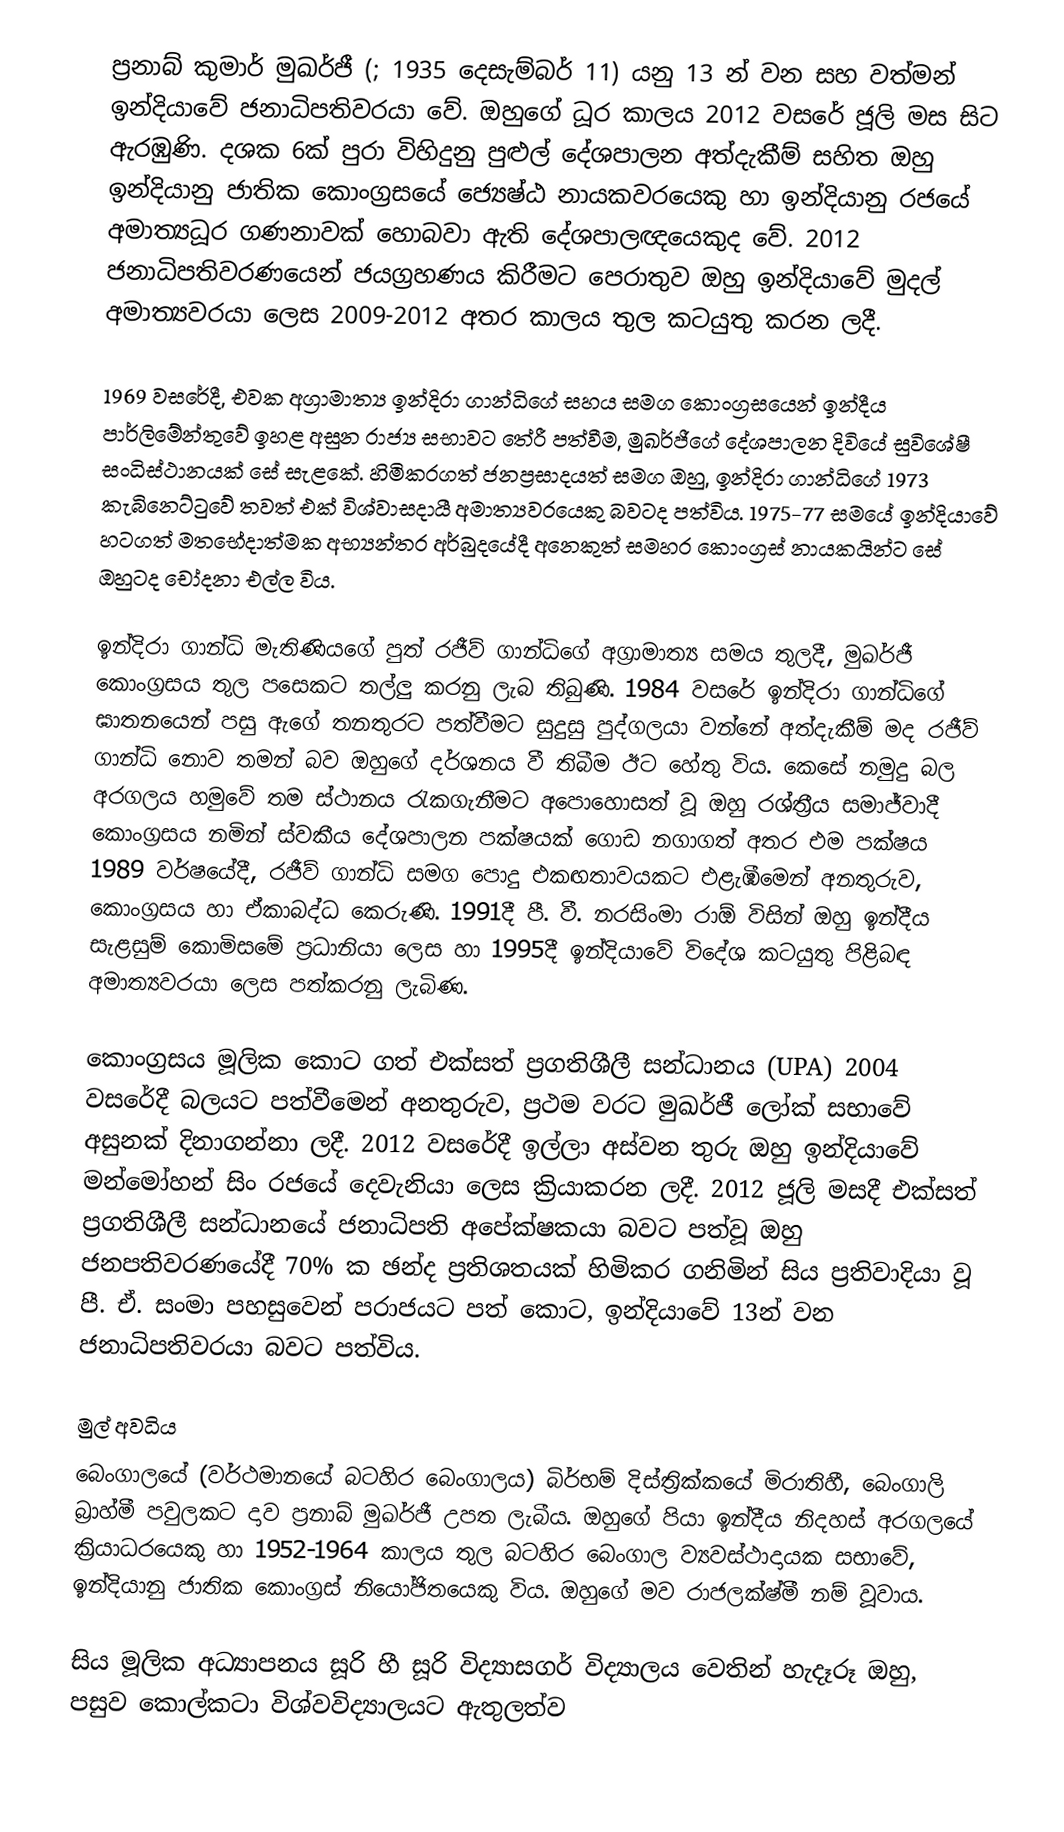
ප්‍රනාබ් කුමාර් මුඛර්ජී (; 1935 දෙසැම්බර් 11) යනු 13 න් වන සහ වත්මන් ඉන්දියාවේ ජනාධිපතිවරයා වේ. ඔහුගේ ධූර කාලය 2012 වසරේ ජූලි මස සිට ඇරඹුණි. දශක 6ක් පුරා විහිදුනු පුළුල් දේශපාලන අත්දැකීම් සහිත ඔහු ඉන්දියානු ජාතික කොංග්‍රසයේ ජ්‍යෙෂ්ඨ නායකවරයෙකු හා ඉන්දියානු රජයේ අමාත්‍යධූර ගණනාවක් හොබවා ඇති දේශපාලඥයෙකුද වේ. 2012 ජනාධිපතිවරණයෙන් ජයග්‍රහණය කිරීමට පෙරාතුව ඔහු ඉන්දියාවේ මුදල් අමාත්‍යවරයා ලෙස 2009-2012 අතර කාලය තුල කටයුතු කරන ලදී.

1969 වසරේදී, එවක අග්‍රාමාත්‍ය ඉන්දිරා ගාන්ධිගේ සහය සමග කොංග්‍රසයෙන් ඉන්දීය පාර්ලිමේන්තුවේ ඉහළ අසුන රාජ්‍ය සභාවට තේරී පත්වීම, මුඛර්ජීගේ දේශපාලන දිවියේ සුවිශේෂී සංධිස්ථානයක් සේ සැළකේ. හිමිකරගත් ජනප්‍රසාදයත් සමග ඔහු, ඉන්දිරා ගාන්ධිගේ 1973 කැබිනෙට්ටුවේ තවත් එක් විශ්වාසදායී අමාත්‍යවරයෙකු බවටද පත්විය. 1975-77 සමයේ ඉන්දියාවේ හටගත් මතභේදාත්මක අභ්‍යන්තර අර්බුදයේදී අනෙකුත් සමහර කොංග්‍රස් නායකයින්ට සේ ඔහුටද චෝදනා එල්ල විය.

ඉන්දිරා ගාන්ධි මැතිණියගේ පුත් රජීව් ගාන්ධිගේ අග්‍රාමාත්‍ය සමය තුලදී, මුඛර්ජී කොංග්‍රසය තුල පසෙකට තල්ලු කරනු ලැබ තිබුණි. 1984 වසරේ ඉන්දිරා ගාන්ධිගේ ඝාතනයෙන් පසු ඇගේ තනතුරට පත්වීමට සුදුසු පුද්ගලයා වන්නේ අත්දැකීම් මද රජීව් ගාන්ධි නොව තමන් බව ඔහුගේ දර්ශනය වී තිබීම ඊට හේතු විය. කෙසේ නමුදු බල අරගලය හමුවේ තම ස්ථානය රැකගැනීමට අපොහොසත් වූ ඔහු රශ්ත්‍රීය සමාජ්වාදී කොංග්‍රසය නමින් ස්වකීය දේශපාලන පක්ෂයක් ගොඩ නගාගත් අතර එම පක්ෂය 1989 වර්ෂයේදී, රජීව් ගාන්ධි සමග පොදු එකඟතාවයකට එළැඹීමෙන් අනතුරුව, කොංග්‍රසය හා ඒකාබද්ධ කෙරුණි. 1991දී පී. වී. නරසිංමා රාඕ විසින් ඔහු ඉන්දීය සැළසුම් කොමිසමේ ප්‍රධානියා ලෙස හා 1995දී ඉන්දියාවේ විදේශ කටයුතු පිළිබඳ අමාත්‍යවරයා ලෙස පත්කරනු ලැබිණ.

කොංග්‍රසය මූලික කොට ගත් එක්සත් ප්‍රගතිශීලී සන්ධානය (UPA) 2004 වසරේදී බලයට පත්වීමෙන් අනතුරුව, ප්‍රථම වරට මුඛර්ජී ලෝක් සභාවේ අසුනක් දිනාගන්නා ලදී. 2012 වසරේදී ඉල්ලා අස්වන තුරු ඔහු ඉන්දියාවේ මන්මෝහන් සිං රජයේ දෙවැනියා ලෙස ක්‍රියාකරන ලදී. 2012 ජූලි මසදී එක්සත් ප්‍රගතිශීලී සන්ධානයේ ජනාධිපති අපේක්ෂකයා බවට පත්වූ ඔහු  ජනපතිවරණයේදී 70% ක ඡන්ද ප්‍රතිශතයක් හිමිකර ගනිමින් සිය ප්‍රතිවාදියා වූ පී. ඒ. සංමා පහසුවෙන් පරාජයට පත් කොට, ඉන්දියාවේ 13න් වන ජනාධිපතිවරයා බවට පත්විය.

මුල් අවධිය
බෙංගාලයේ (වර්ථමානයේ බටහිර බෙංගාලය) බිර්භම් දිස්ත්‍රික්කයේ මිරාතිහී, බෙංගාලි බ්‍රාහ්මී පවුලකට දාව  ප්‍රනාබ් මුඛර්ජී උපත ලැබීය. ඔහුගේ පියා ඉන්දීය නිදහස් අරගලයේ ක්‍රියාධරයෙකු හා 1952-1964 කාලය තුල බටහිර බෙංගාල ව්‍යවස්ථාදායක සභාවේ, ඉන්දියානු ජාතික කොංග්‍රස් නියෝජිතයෙකු විය. ඔහුගේ මව රාජලක්ෂ්මී නම් වූවාය.

සිය මූලික අධ්‍යාපනය සූරි හී සූරි විද්‍යාසගර් විද්‍යාලය වෙතින් හැදෑරූ ඔහු, පසුව කොල්කටා විශ්වවිද්‍යාලයට ඇතුලත්ව